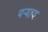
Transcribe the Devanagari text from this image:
पऱ्याय